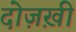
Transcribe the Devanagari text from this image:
दोज़ख़ी